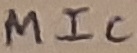
Text: MIC